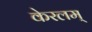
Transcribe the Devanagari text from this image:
केरलम्